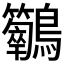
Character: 𪈣